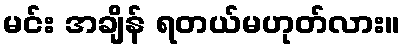
မင်း အချိန် ရတယ်မဟုတ်လား။